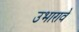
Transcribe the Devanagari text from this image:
उभारावे